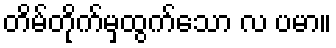
တိမ်တိုက်မှထွက်သော လ ပမာ။